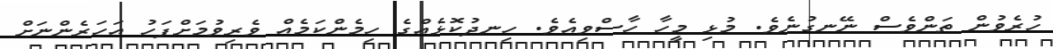
ހުރެވުން ތަންވެސް ނޭނގުނެވެ. މުޅި މީހާ ހާސްވިއެވެ. ހިނދުކޮޅެއްގެ ހިމެންކަމެއް ވެރިވުމަށްފަހު އަހަރެންނަށް